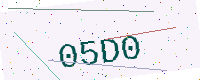
Text: 05D0